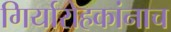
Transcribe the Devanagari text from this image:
गिर्यारोहकांनाच